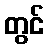
တွင်